Sketch of the medical history of the native army of Bombay, for the year
Year: 1870
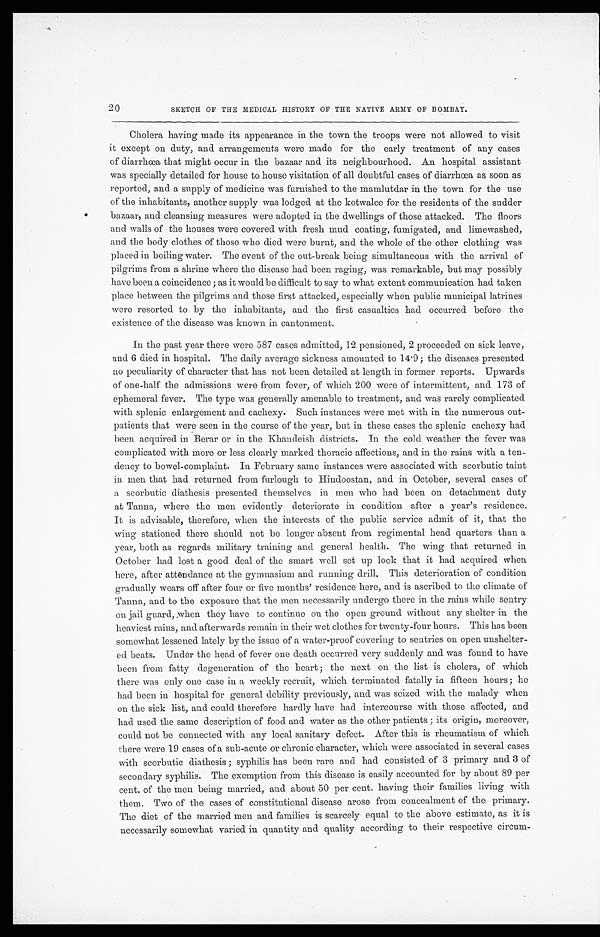
20
SKETCH OF THE MEDICAL HISTORY OF THE NATIVE ARMY OF BOMBAY.
Cholera having made its appearance in the town the troops were not allowed to visit
it except on duty, and arrangements were made for the early treatment of any cases
of diarrhœa that might occur in the bazaar and its neighbourhood. An hospital assistant
was specially detailed for house to house visitation of all doubtful cases of diarrhœa as soon as
reported, and a supply of medicine was furnished to the mamlutdar in the town for the use
of the inhabitants, another supply was lodged at the kotwalee for the residents of the sudder
bazaar, and cleansing measures were adopted in the dwellings of those attacked. The floors
and walls of the houses were covered with fresh mud coating, fumigated, and limewashed,
and the body clothes of those who died were burnt, and the whole of the other clothing was
placed in boiling water. The event of the out-break being simultaneous with the arrival of
pilgrims from a shrine where the disease bad been raging, was remarkable, but may possibly
have been a coincidence ; as it would be difficult to say to what extent communication had taken
place between the pilgrims and those first attacked, especially when public municipal latrines
were resorted to by the inhabitants, and the first casualties had occurred before the
existence of the disease was known in cantonment.
In the past year there were 587 cases admitted, 12 pensioned, 2 proceeded on sick leave,
and 6 died in hospital. The daily average sickness amounted to 14.9; the diseases presented
no peculiarity of character that has not been detailed at length in former reports. Upwards
of one-half the admissions were from fever, of which 200 were of intermittent, and 173 of
ephemeral fever. The type was generally amenable to treatment, and was rarely complicated
with splenic enlargement and cachexy. Such instances were met with in the numerous out
-patients that were seen in the course of the year, but in these cases the splenic cachexy had
been acquired in Berar or in the Khandeish districts. In the cold weather the fever was
complicated with more or less clearly marked thoracic affections, and in the rains with a ten
-dency to bowel-complaint. In February same instances were associated with scorbutic taint
in men that had returned from furlough to Hindoostan, and in October, several cases of
a scorbutic diathesis presented themselves in men who had been on detachment duty
at Tanna, where the men evidently deteriorate in condition after a year's residence.
It is advisable, therefore, when the interests of the public service admit of it, that the
wing stationed there should not be longer absent from regimental head quarters than a
year, both as regards military training and general health. The wing that returned in
October had lost a good deal of the smart well set up look that it had acquired when
here, after attendance at the gymnasium and running drill. This deterioration of condition
gradually wears off after four or five months' residence here, and is ascribed to the climate of
Tanna, and to the exposure that the men necessarily undergo there in the rains while sentry
on jail guard, when they have to continue on the open ground without any shelter in the
heaviest rains, and afterwards remain in their wet clothes for twenty-four hours. This has been
somewhat lessened lately by the issue of a water-proof covering to sentries on open unshelter
-ed beats. Under the head of fever one death occurred very suddenly and was found to have
been from fatty degeneration of the heart; the next on the list is cholera, of which
there was only one case in a weekly recruit, which terminated fatally in fifteen hours; he
had been in hospital for general debility previously, and was seized with the malady when
on the sick list, and could therefore hardly have had intercourse with those affected, and
had used the same description of food and water as the other patients ; its origin, moreover,
could not be connected with any local sanitary defect. After this is rheumatism of which
there were 19 cases of a sub-acute or chronic character, which were associated in several cases
with scorbutic diathesis ; syphilis has been rare and had consisted of 3 primary and 3 of
secondary syphilis. The exemption from this disease is easily accounted for by about 89 per
cent. of the men being married, and about 50 per cent. having their families living with
them. Two of the cases of constitutional disease arose from concealment of the primary.
The diet of the married men and families is scarcely equal to the above estimate, as it is
necessarily somewhat varied in quantity and quality according to their respective circum-